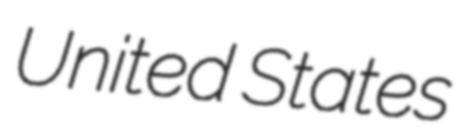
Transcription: United States